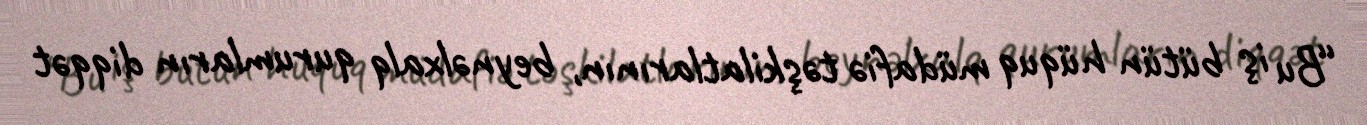
“Bu iş bütün hüquq müdafiə təşkilatlarının, beynəlxalq qurumların diqqət